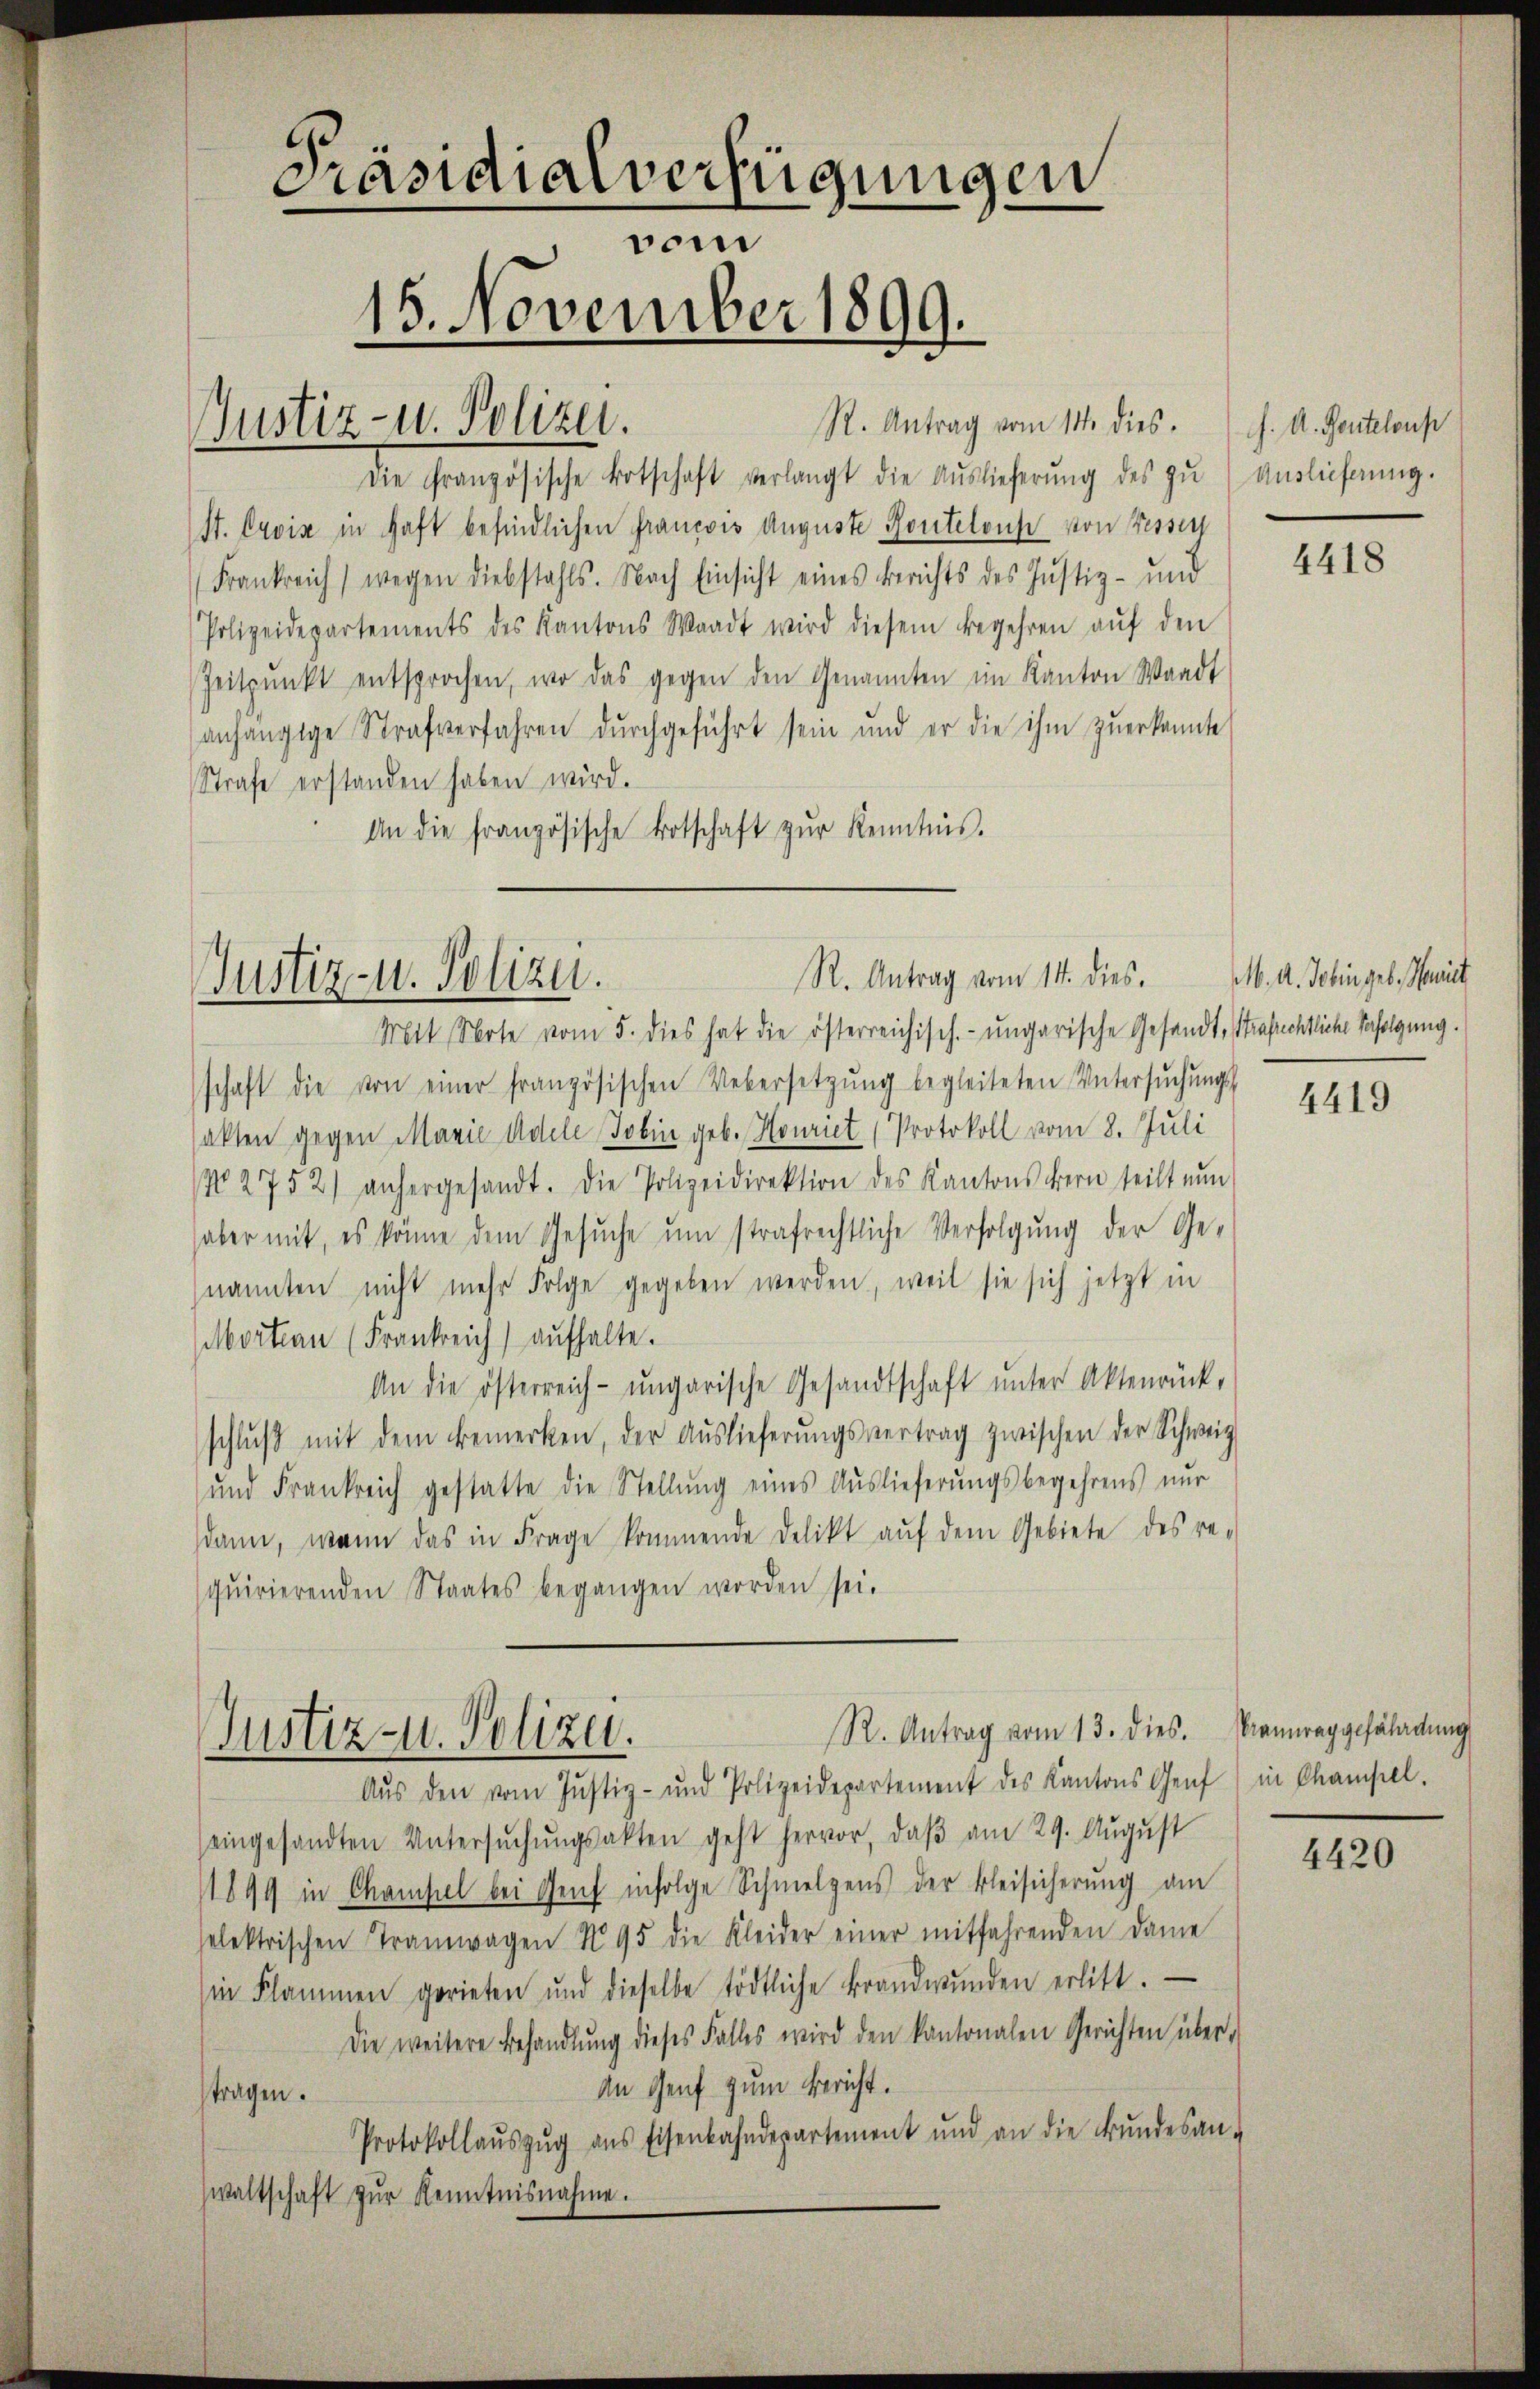
Präsidialverfügungen
vom
15. November 1899.
Justiz- u. Polizei.

Die Französische Ortschaft verlangt die Auslieferŭng des zŭ Auslichnŭng.
St. Crois in Haft befindlichen Francois Auguste Pontelous von Fessen
Frankreich wegen diebstahls. Nach Einsicht eines Berichts des Justiz- und
Polizeidepartements des Kantons Waadt wird diesem Begehren aŭf den
Zeitpunkt entsprochen, wo das gegen den Genannten im Kanton Waadt
anhängige Strafverfahren dŭrchgeführt sein und er die ihm zŭerkannte
Strafe erstanden haben wird.
An die französische Botschaft zŭr Kenntnis.

Justiz- u. Polizei.

R. Antrag vom 14. dies.

Mit Note vom 5. dies hat die österreichisch-ungarische Gesandt, Strafrechtliche Verfolgung.
schaft die von einer französischen Uebersetzŭng begleiteten Untersŭchŭngs-
sakten gegen Marie Adele Jobin geb. Honriet (Protokoll vom 8. Juli
No. 2752) anhergesandt. Die Polizeidirektion des Kantons dern teilt nŭn
aber mit, es könne dem Gesuche um strafrechtliche Verfolgung der Genannten nicht mehr Folge gegeben werden, weil sie sich jetzt in
ortian (Frankreich aufhalte.
An die österreich-ungarische Gesandtschaft ŭnter Aktenrück-
schlŭβ mit dem Bemerken, der Aŭslieferŭngsvertrag zwischen der Schweiz
und Frankreich gestatte die Stellŭng eines Auslieferŭngsbegehrens nur
dann, wenn das in Frage kommende Delikt aŭf dem Gebiete des re-
qŭirierenden Staates begangen worden sei.
R. Antrag vom 13. dies. Banneggefährdung
Justiz- u. Polizei.
Aŭs den vom Jŭstiz- und Polizeidepartement des Kantons Genf
eingesandten Untersŭchŭngsakten geht hervor, daβ am 29. August
1899 in Champel bei Genf infolge Schmelzens der Bleisicherŭng am
selektrischen Tramwagen No 95 die Kleider einer mitfahrenden Dame
in Flammen gerieten und dieselbe tödtliche Brandwunden erlitt.
Die weitere Behandlŭng dieses Falles wird den kantonalen Gerichten über-
An Genf zum Bericht.
tragen.
Protokollaŭszŭg ans Eisenbahndepartement und an die Fŭndesan-
waltschaft zŭr Kenntnisnahme.

R. Antrag vom 11. dies. f. A. Ponteloup

4418

M. A. Johin geb. Hamit

4419

in Champel.

4420